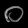
Digit: ၀